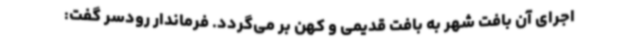
اجرای آن بافت شهر به بافت قدیمی و کهن بر می‌گردد. فرماندار رودسر گفت: